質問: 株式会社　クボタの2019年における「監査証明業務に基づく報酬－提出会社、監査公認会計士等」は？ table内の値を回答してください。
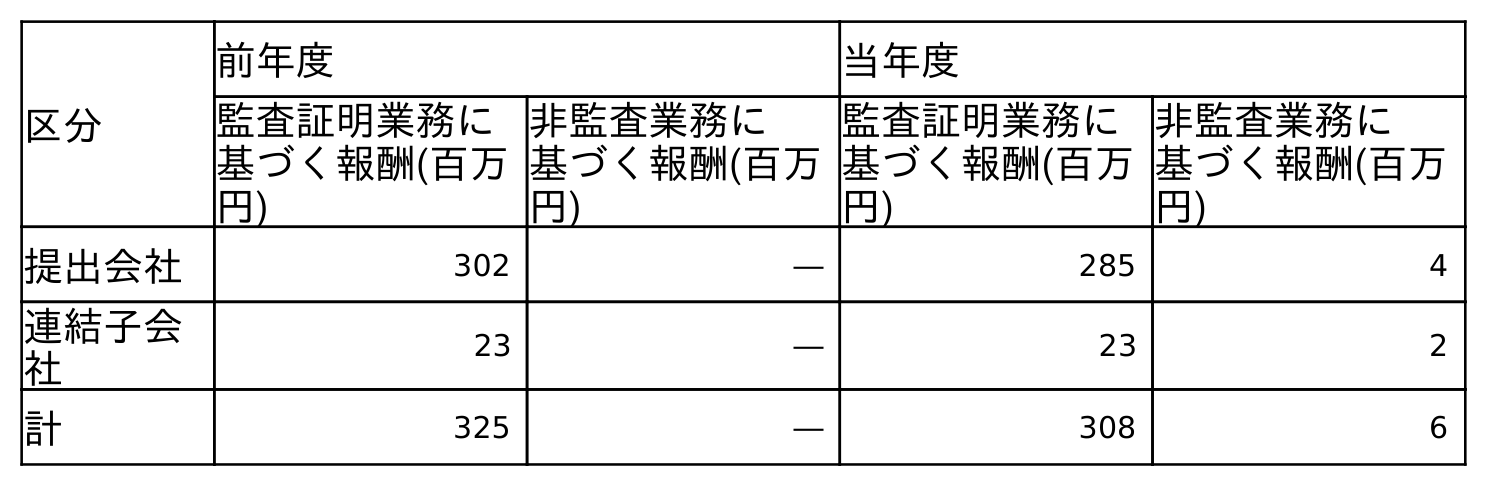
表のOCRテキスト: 区分 前年度 当年度 監査証明業務に 基づく報酬(百万 円) 非監査業務に 基づく報酬(百万 円) 監査証明業務に 基づく報酬(百万 円) 非監査業務に 基づく報酬(百万 円) 提出会社 302 ― 285 4 連結子会 社 23 ― 23 2 計 325 ― 308 6
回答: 302